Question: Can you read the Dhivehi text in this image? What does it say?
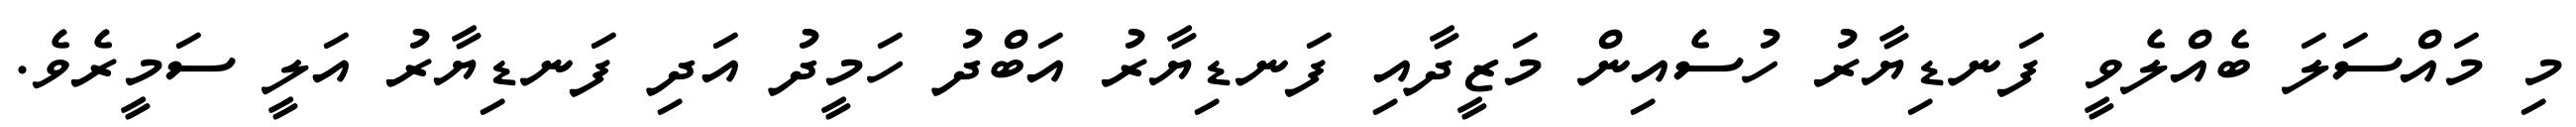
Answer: މި މައްސަލަ ބެއްލެވީ ފަނޑިޔާރު ހުސެއިން މަޒީދާއި ފަނޑިޔާރު އަބްދު ހަމީދު އަދި ފަނޑިޔާރު އަލީ ސަމީރެވެ.